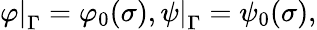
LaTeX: \left.\varphi\right\vert_{\Gamma}=\varphi_{0}(\sigma),\left.\psi\right\vert_{\Gamma}=\psi_{0}(\sigma),